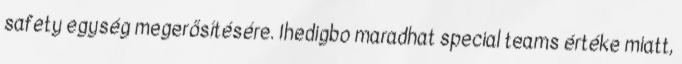
safety egység megerősítésére. Ihedigbo maradhat special teams értéke miatt,